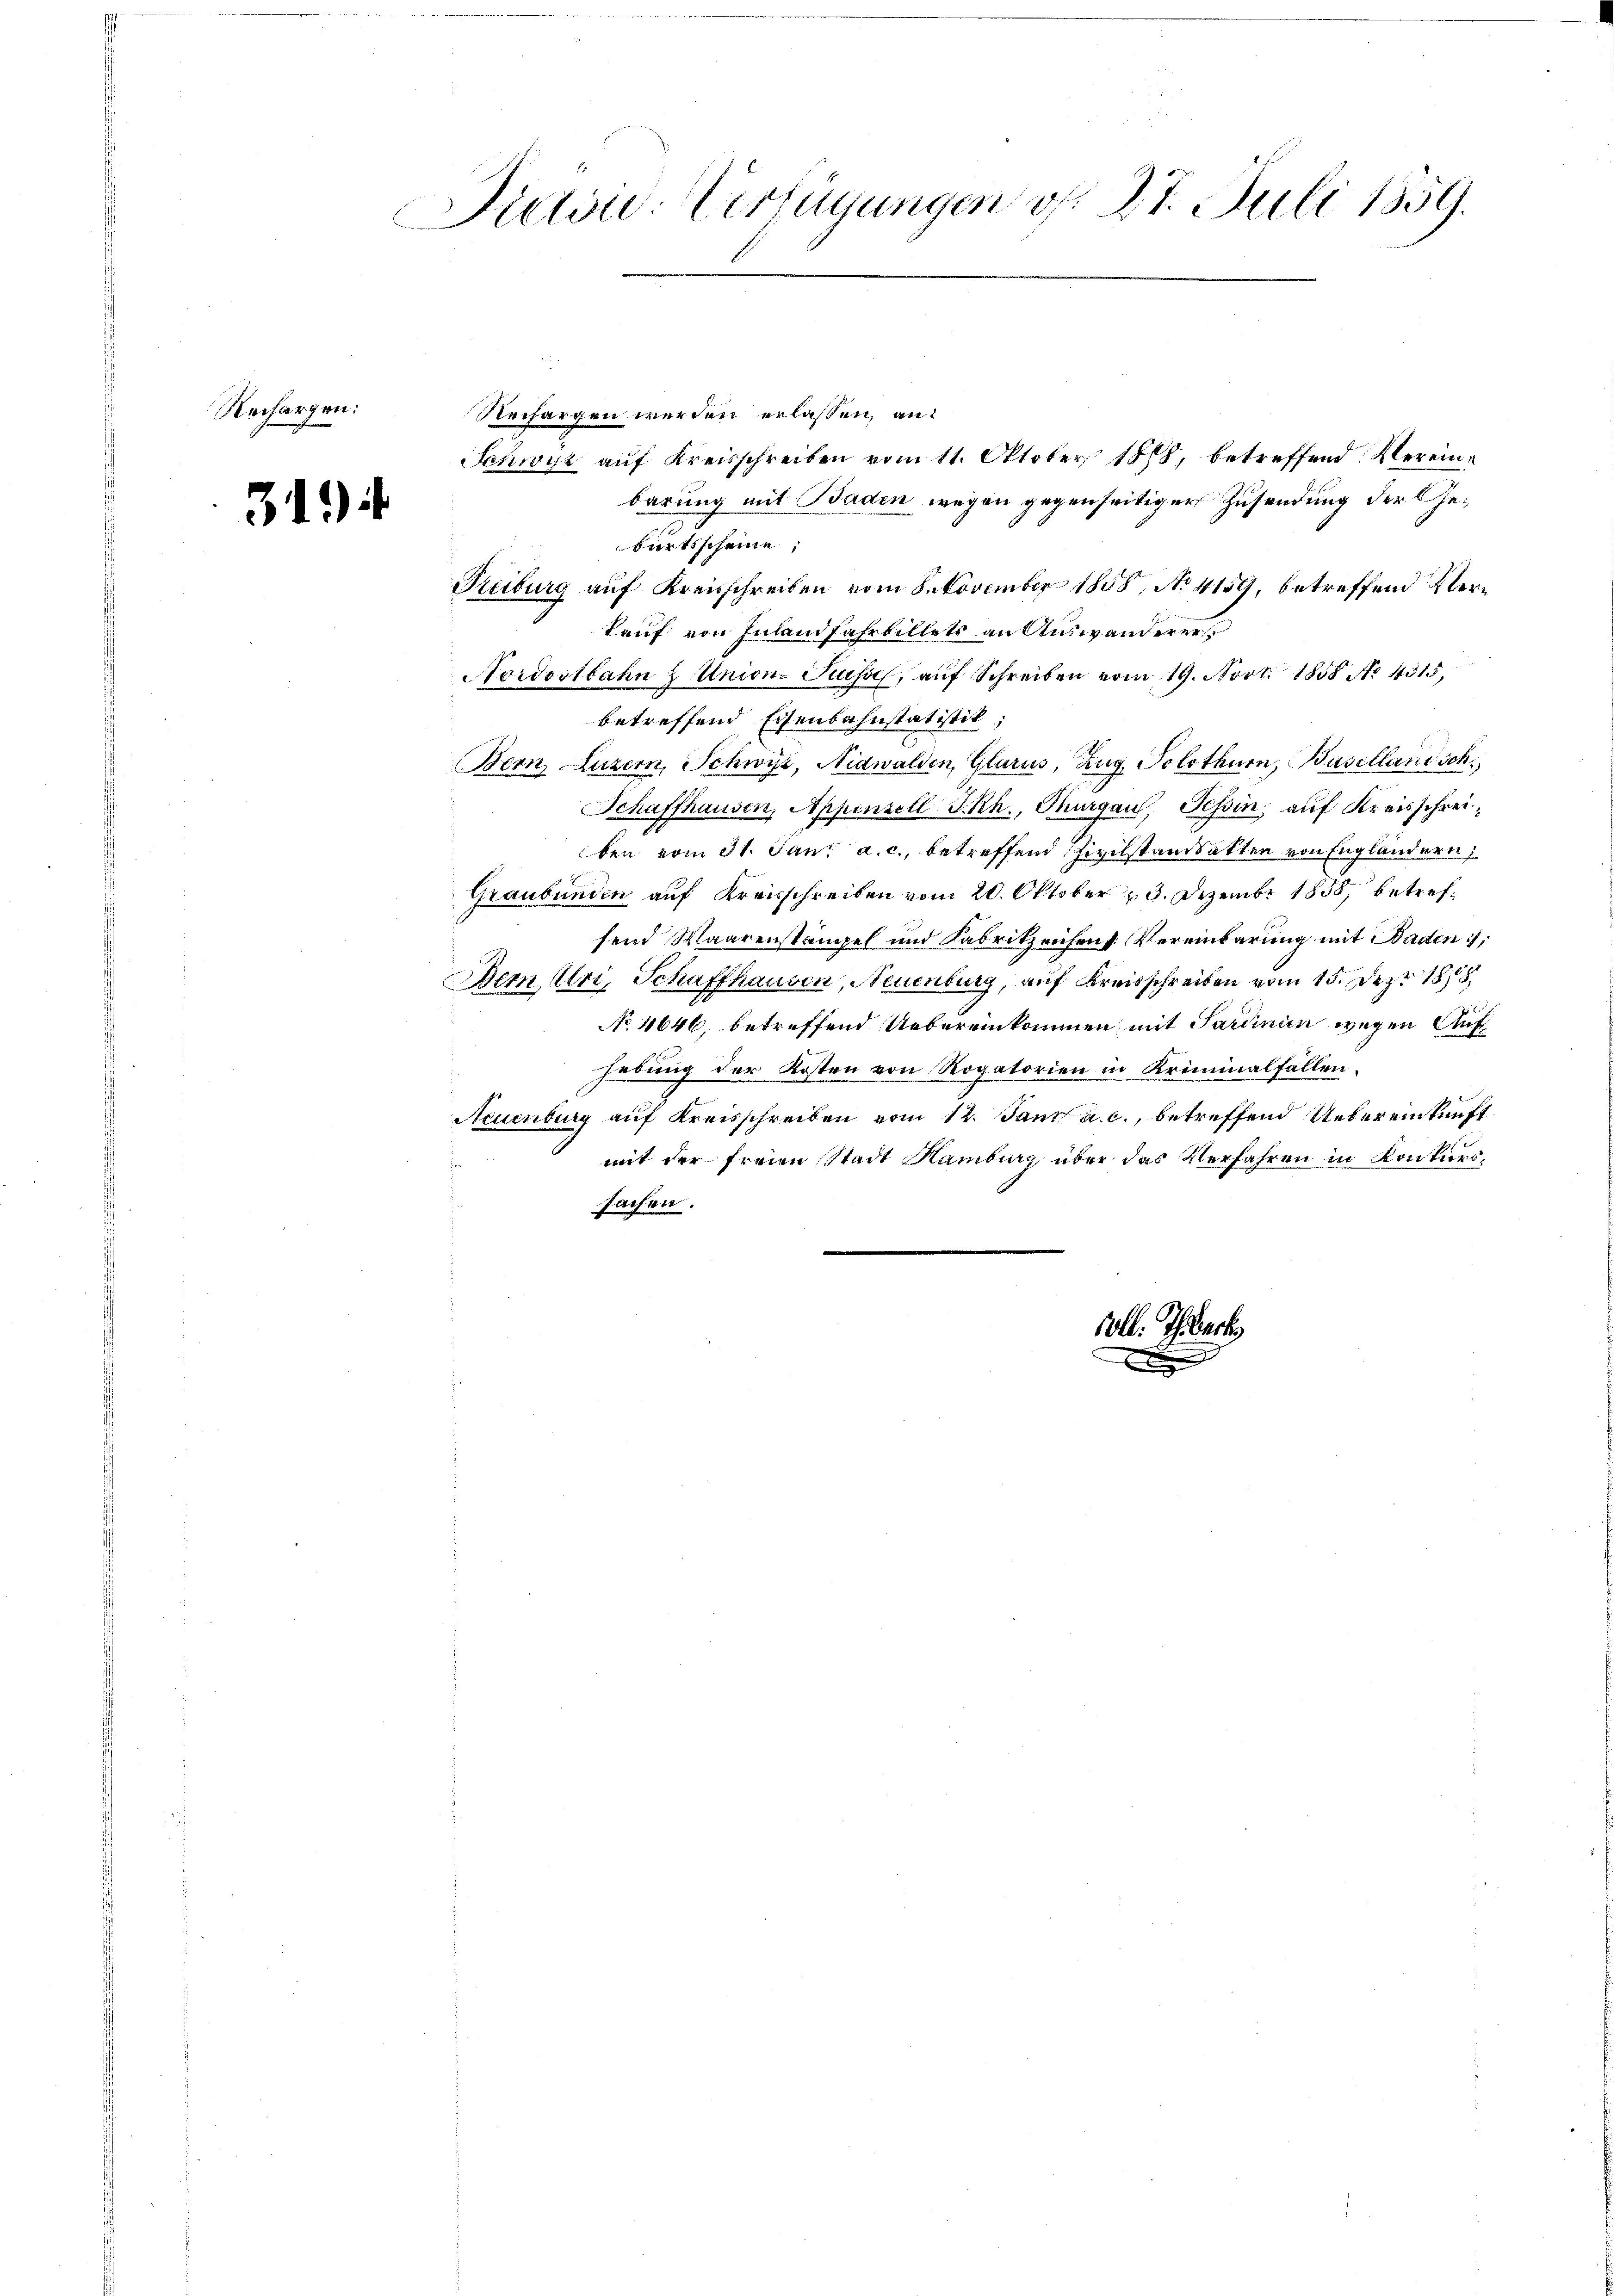
Rechargen:

3194

Putow. Verfügungen d. 27. Juli 1859.

Rechargen werden erlassen, an:
Schwyz auf Kreisschreiben vom 11. Oktober 1818, betreffend Vereinbarung mit Baden wegen gegenseitiger Zusendung der Geburtsscheine;
Reiburg auf Kreisschreiben vom 8. November 1858, No 4159, betreffend Verkauf von Inland Fahrbillets an Auswanderer
Nordostbahn z Union-Kuss, auf Schreiben vom 19. Nov. 1858 No. 4315,
betreffend Eisenbahnstatistik,
Bern, Luzern, Schwyz, Nidwalden, Glarus, Zug, Solothurn, Basellandsch
Schaffhausen, Appenzell I.Rh., Thurgau, Schin auf Kreisschreiben vom 31. Jan. a. c., betreffend Zivilstandsatten von Engländern,
Graubünden auf Kreisschreiben vom 20. Oktober 13. Dezember 1858 betreffend Waarenstämpel und Fabrikzeichens Vereinbarung mit Baden;
Dem. Uri, Schaffhausen, Neuenburg, auf Kreisschrei vom 15. Dez. 188
No 4646, betreffend Uebereinkommen, mit Sardinien wegen Aufhebung der Kosten von Rogatorien in Kriminalfallen.
Neuenburg auf Kreisschreiben vom 12. Jann a. c., betreffend Uebereinkunft
mit der freien Stadt Hamburg über das Verfahren in Konkurssachen.
soll. Theart